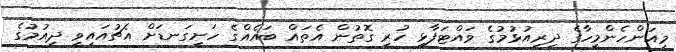
މިއަންހެންމީހާގެ ދިރިއުޅުމުގެ ވައްޓަފާޅި ހުރި ގޮތުން އެތައް ބައެއްގެ ހަށިގަނޑަށް އެޗުއައިވީ ދިއުމުގެ